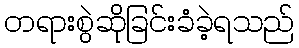
တရားစွဲဆိုခြင်းခံခဲ့ရသည်